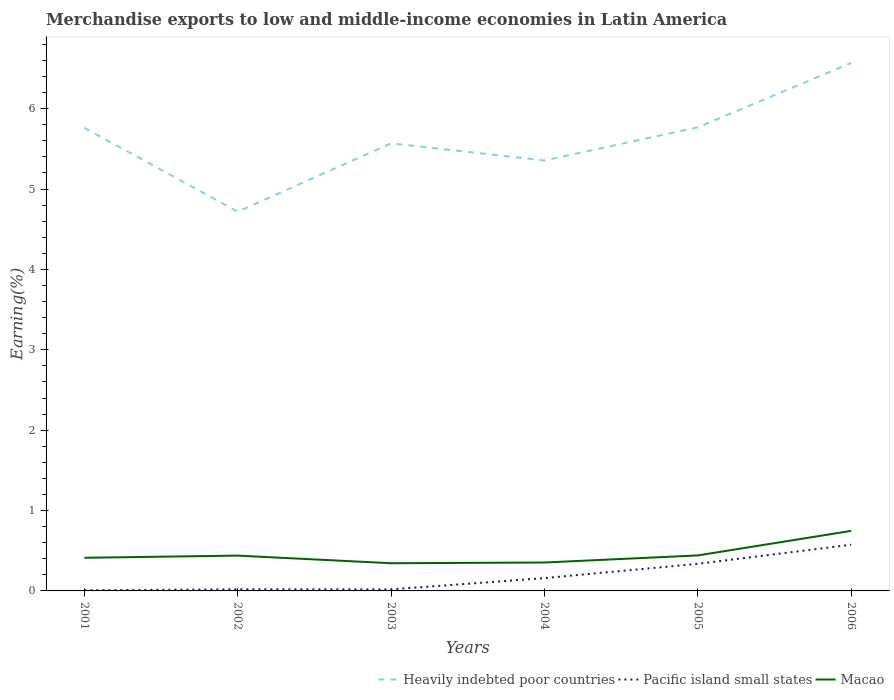
| Years | Heavily indebted poor countries | Pacific island small states | Macao |
 | --- | --- | --- | --- |
 | 2001 | 5.76 | 0.00827 | 0.412 |
 | 2002 | 4.72 | 0.0202 | 0.439 |
 | 2003 | 5.57 | 0.0192 | 0.344 |
 | 2004 | 5.36 | 0.159 | 0.353 |
 | 2005 | 5.77 | 0.337 | 0.442 |
 | 2006 | 6.57 | 0.575 | 0.747 |